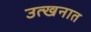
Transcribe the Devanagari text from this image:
उत्खनात